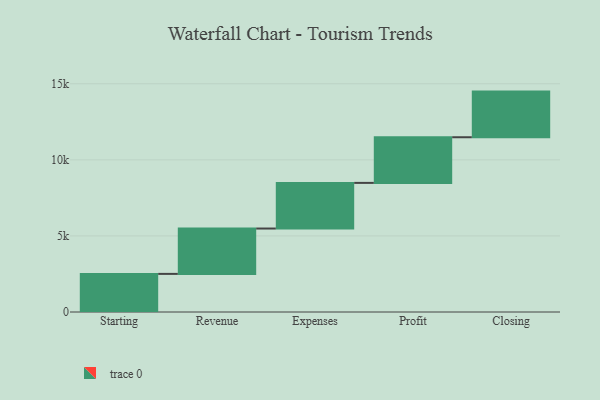
{"axis": {"x": "Step", "y": "Value"}, "legend": [""], "data": [{"x": "Starting", "y": 2505.0, "type": ""}, {"x": "Revenue", "y": 2981.0, "type": ""}, {"x": "Expenses", "y": 3000, "type": ""}, {"x": "Profit", "y": 3000, "type": ""}, {"x": "Closing", "y": 3000, "type": ""}]}